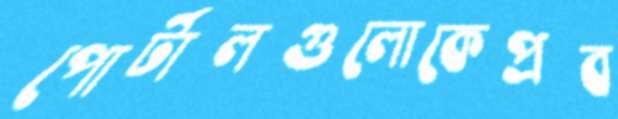
পোর্টালগুলোকেপ্রব